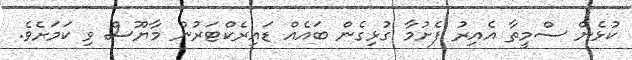
ކުޅެން ސްމީތާ އެއިރު ފެށުމާ ގުޅިގެން ބައެއް ޑައިރެކްޓަރުން މާޔޫސް ވި ކަމަށެވެ.